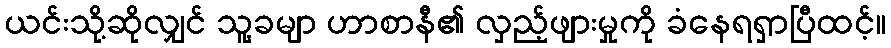
ယင်းသို့ဆိုလျှင် သူ့ခမျာ ဟာစာနီ၏ လှည့်ဖျားမှုကို ခံနေရရှာပြီထင့်။